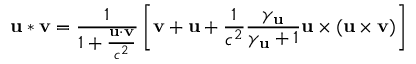
\mathbf { u } * \mathbf { v } = { \frac { 1 } { 1 + { \frac { \mathbf { u } \cdot \mathbf { v } } { c ^ { 2 } } } } } \left[ \mathbf { v } + \mathbf { u } + { \frac { 1 } { c ^ { 2 } } } { \frac { \gamma _ { \mathbf { u } } } { \gamma _ { \mathbf { u } } + 1 } } \mathbf { u } \times ( \mathbf { u } \times \mathbf { v } ) \right]